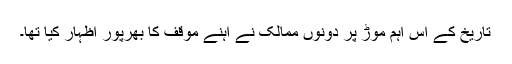
تاریخ کے اس اہم موڑ پر دونوں ممالک نے اہنے موقف کا بھرپور اظہار کیا تھا۔